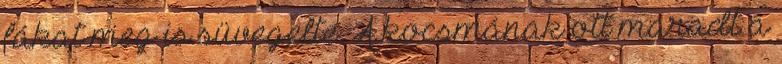
fákat meg is süvegelte. A kocsmának ott maradt a